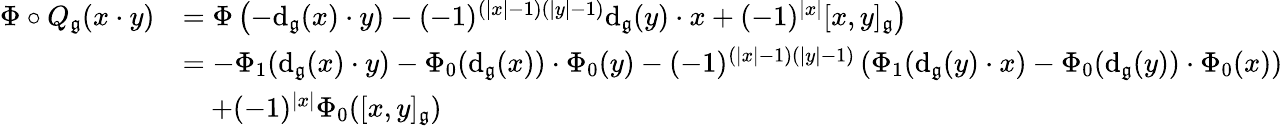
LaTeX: \begin{array}{rl}{\Phi\circ Q_{\mathfrak{g}}(x\cdot y)}&{=\Phi\left(-\mathrm{d}_{\mathfrak g}(x)\cdot y)-(-1)^{(|x|-1)(|y|-1)}\mathrm{d}_{\mathfrak g}(y)\cdot x+(-1)^{|x|}[x,y]_{\mathfrak g}\right)}\\ &{=-\Phi_{1}(\mathrm{d}_{\mathfrak g}(x)\cdot y)-\Phi_{0}(\mathrm{d}_{\mathfrak g}(x))\cdot\Phi_{0}(y)-(-1)^{(|x|-1)(|y|-1)}\left(\Phi_{1}(\mathrm{d}_{\mathfrak g}(y)\cdot x)-\Phi_{0}(\mathrm{d}_{\mathfrak g}(y))\cdot\Phi_{0}(x)\right)}\\ &{\quad+(-1)^{|x|}\Phi_{0}([x,y]_{\mathfrak g})}\end{array}